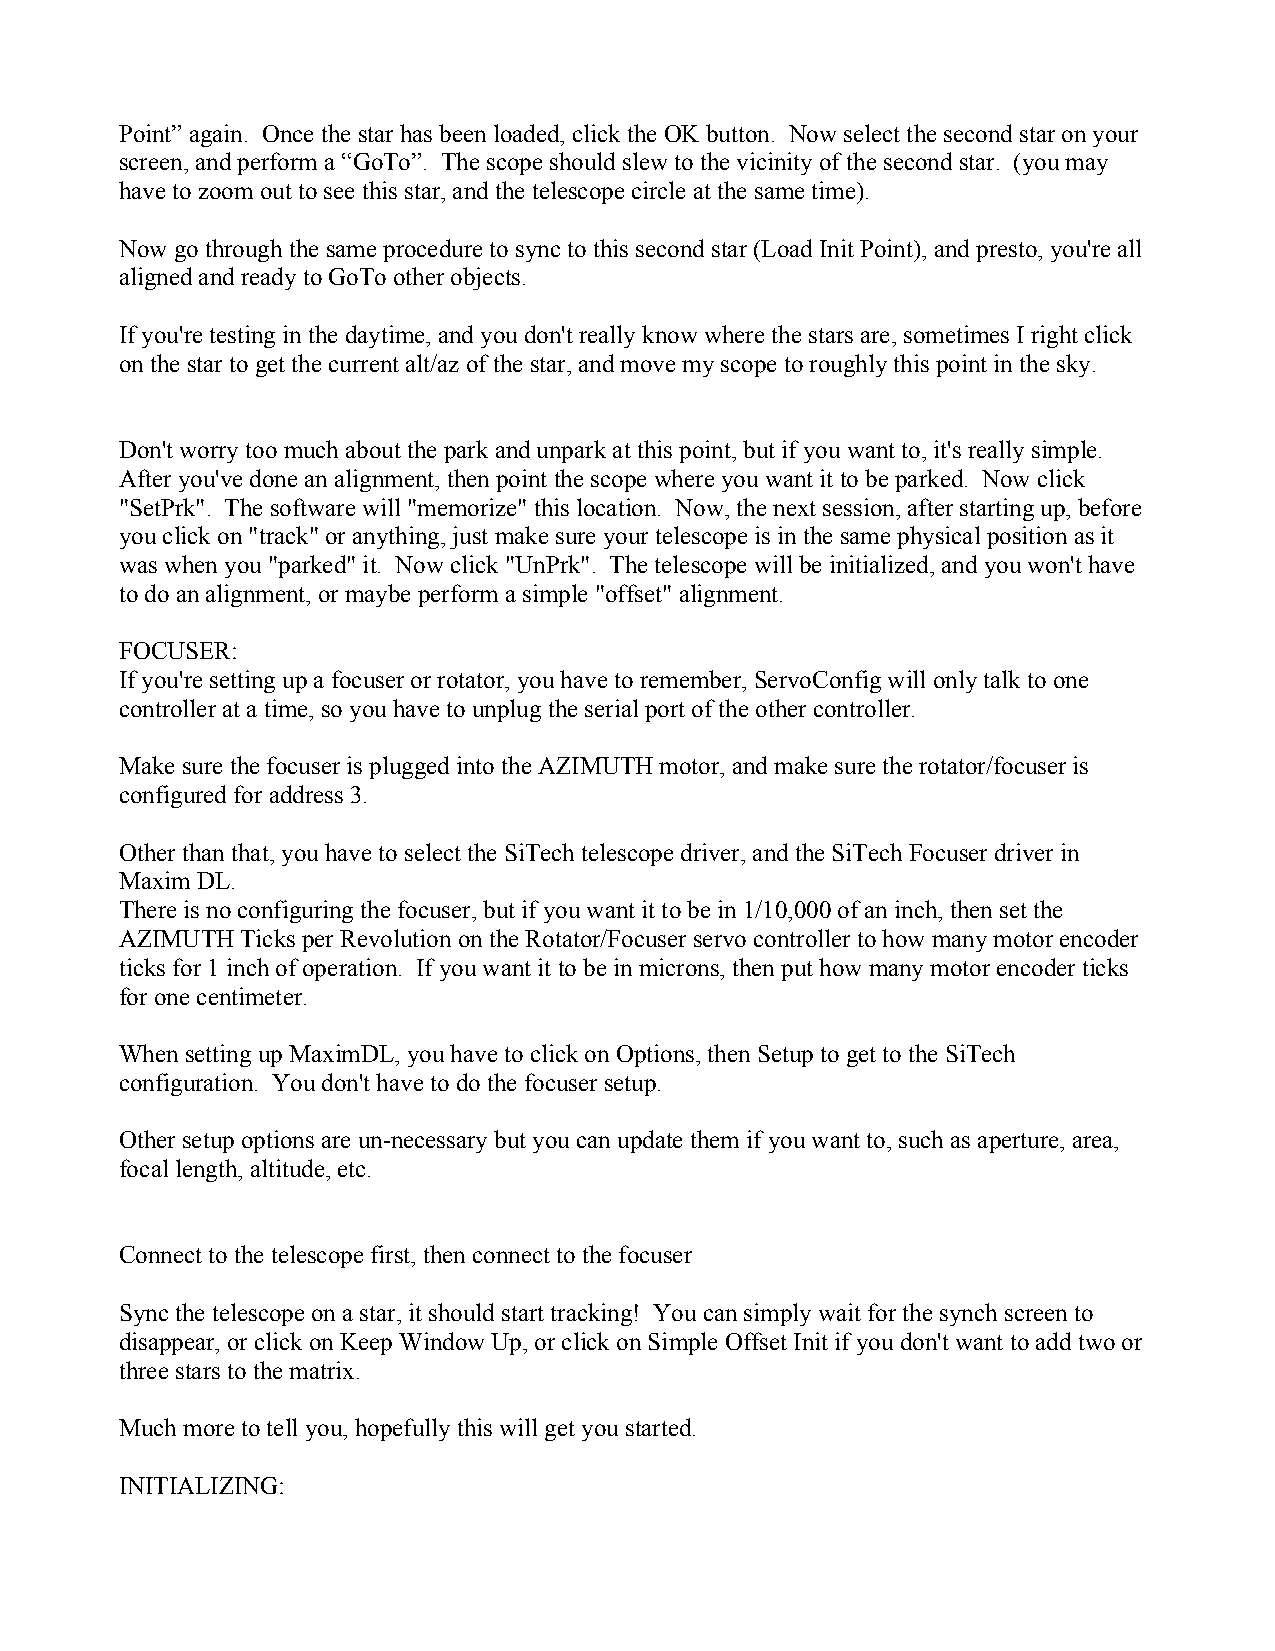
Point” again. Once the star has been loaded, click the OK button. Now select the second star on your
 screen, and perform a “GoTo”. The scope should slew to the vicinity of the second star. (you may
 have to zoom out to see this star, and the telescope circle at the same time).
 Now go through the same procedure to sync to this second star (Load Init Point), and presto, you're all
 aligned and ready to GoTo other objects.
 If you're testing in the daytime, and you don't really know where the stars are, sometimes I right click
 on the star to get the current alt/az of the star, and move my scope to roughly this point in the sky.
 Don't worry too much about the park and unpark at this point, but if you want to, it's really simple.
 After you've done an alignment, then point the scope where you want it to be parked. Now click
 "SetPrk". The software will "memorize" this location. Now, the next session, after starting up, before
 you click on "track" or anything, just make sure your telescope is in the same physical position as it
 was when you "parked" it. Now click "UnPrk". The telescope will be initialized, and you won't have
 to do an alignment, or maybe perform a simple "offset" alignment.
 FOCUSER:
 If you're setting up a focuser or rotator, you have to remember, ServoConfig will only talk to one
 controller at a time, so you have to unplug the serial port of the other controller.
 Make sure the focuser is plugged into the AZIMUTH motor, and make sure the rotator/focuser is
 configured for address 3.
 Other than that, you have to select the SiTech telescope driver, and the SiTech Focuser driver in
 Maxim DL.
 There is no configuring the focuser, but if you want it to be in 1/10,000 of an inch, then set the
 AZIMUTH Ticks per Revolution on the Rotator/Focuser servo controller to how many motor encoder
 ticks for 1 inch of operation. If you want it to be in microns, then put how many motor encoder ticks
 for one centimeter.
 When setting up MaximDL, you have to click on Options, then Setup to get to the SiTech
 configuration. You don't have to do the focuser setup.
 Other setup options are un-necessary but you can update them if you want to, such as aperture, area,
 focal length, altitude, etc.
 Connect to the telescope first, then connect to the focuser
 Sync the telescope on a star, it should start tracking! You can simply wait for the synch screen to
 disappear, or click on Keep Window Up, or click on Simple Offset Init if you don't want to add two or
 three stars to the matrix.
 Much more to tell you, hopefully this will get you started.
 INITIALIZING: